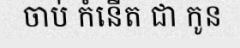
ចាប់ កំនើត ជា កូន